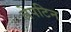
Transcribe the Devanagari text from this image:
लेपटिन